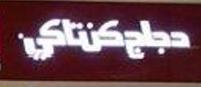
دجاجكنتاكي